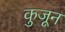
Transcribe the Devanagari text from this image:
कुजून